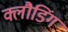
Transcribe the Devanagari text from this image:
क्लौडिंग